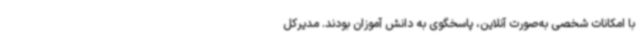
با امکانات شخصی به‌صورت آنلاین، پاسخگوی به دانش آموزان بودند. مدیرکل